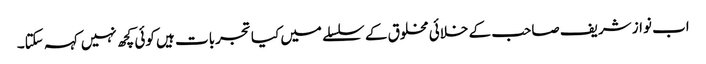
اب نواز شریف صاحب کے خلائی مخلوق کے سلسلے میں کیا تجربات ہیں کوئی کچھ نہیں کہہ سکتا۔